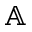
\mathbb { A }